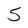
Character: 5